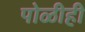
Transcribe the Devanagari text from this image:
पोळीही